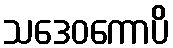
သဒေဝကောပိ